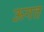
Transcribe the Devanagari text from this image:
ऊगत